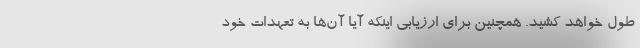
طول خواهد کشید. همچنین برای ارزیابی اینکه آیا آن‌ها به تعهدات خود